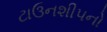
ટાઉનશીપનો